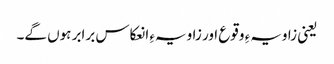
یعنی زاویہءِ وقوع اور زاویہءِ انعکاس برابر ہوں گے۔